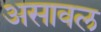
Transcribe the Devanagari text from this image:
असावल